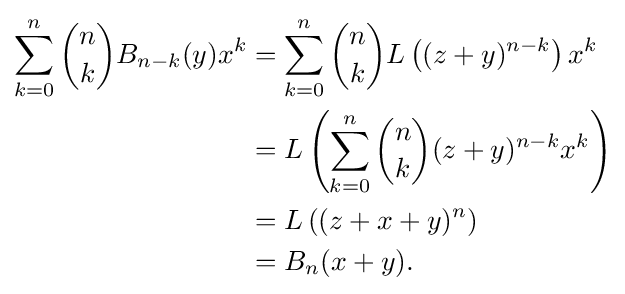
{\begin{aligned}\sum _{k=0}^{n}{n \choose k}B_{n-k}(y)x^{k}&=\sum _{k=0}^{n}{n \choose k}L\left((z+y)^{n-k}\right)x^{k}\\&=L\left(\sum _{k=0}^{n}{n \choose k}(z+y)^{n-k}x^{k}\right)\\&=L\left((z+x+y)^{n}\right)\\&=B_{n}(x+y).\end{aligned}}